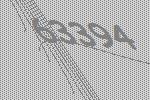
63394